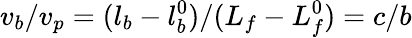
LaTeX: v_{b}/v_{p}=(l_{b}-l_{b}^{0})/(L_{f}-L_{f}^{0})=c/b